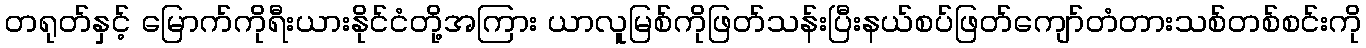
တရုတ်နှင့် မြောက်ကိုရီးယားနိုင်ငံတို့အကြား ယာလူမြစ်ကိုဖြတ်သန်းပြီးနယ်စပ်ဖြတ်ကျော်တံတားသစ်တစ်စင်းကို